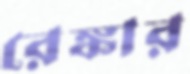
রেঙ্কার